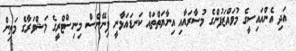
އަދި އެންއައިސީގެ މުވައްޒަފުންގެ މުސާރައާއި އިނާޔަތްތައް ކަނޑައަޅާނީ ފިނޭންސް މިނިސްޓްރީގެ މަޝްވަރާގެ މަތިން